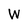
Character: W